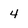
Character: 4